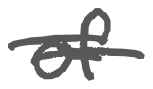
Text: of
Cross-out: double-line
Writing tool: digital_gray